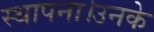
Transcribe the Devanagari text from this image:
स्थापना।उनके